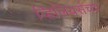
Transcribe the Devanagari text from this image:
व्हिलियर्सच्या